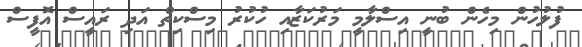
ފުލުހުން މިހެން ބުނީ އިސްލާމީ މަރުކަޒާއި ހުކުރު މިސްކިތް އަދި ރައީސް އޮފީސް